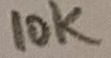
Text: 10K